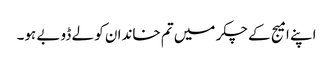
اپنے امیج کے چکر میں تم خاندان کو لے ڈوبے ہو۔